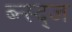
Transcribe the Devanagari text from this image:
ब्न्स्द्ज